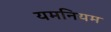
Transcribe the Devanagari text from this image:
यमनियम